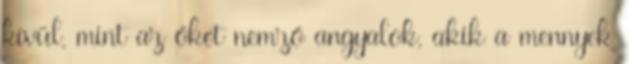
kívül, mint az őket nemző angyalok, akik a mennyek